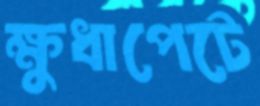
ক্ষুধাপেটে